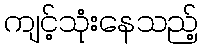
ကျင့်သုံးနေသည့်